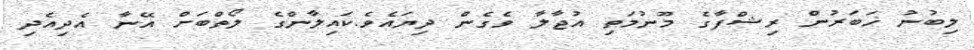
ލިބުނު ޚަބަރުން ރިޝްފާގެ މޫނުމަތި އުޖާލާ ވެގެން ދިޔައެވެ.ކައިލާންގެ ލޯތްބަށް އޭނާ އެދިއެދި